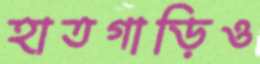
হাতগাড়িও